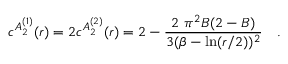
c ^ { A _ { 2 } ^ { ( 1 ) } } ( r ) = 2 c ^ { A _ { 2 } ^ { ( 2 ) } } ( r ) = 2 - \frac { 2 \, \, \pi ^ { 2 } B ( 2 - B ) } { 3 ( \beta - \ln ( r / 2 ) ) ^ { 2 } } \quad .